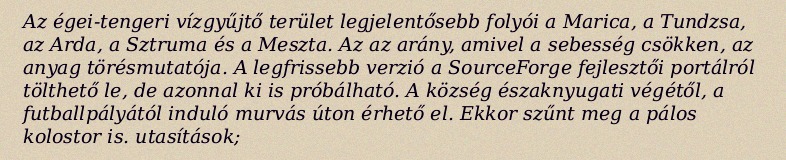
Az égei-tengeri vízgyűjtő terület legjelentősebb folyói a Marica, a Tundzsa, az Arda, a Sztruma és a Meszta. Az az arány, amivel a sebesség csökken, az anyag törésmutatója. A legfrissebb verzió a SourceForge fejlesztői portálról tölthető le, de azonnal ki is próbálható. A község északnyugati végétől, a futballpályától induló murvás úton érhető el. Ekkor szűnt meg a pálos kolostor is. utasítások;